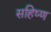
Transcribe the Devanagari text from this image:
सहिष्ण